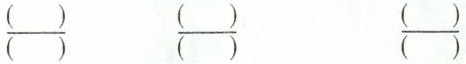
\frac{()}{()} \frac{()}{()} \frac{()}{()}